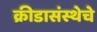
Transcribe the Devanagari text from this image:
क्रीडासंस्थेचे